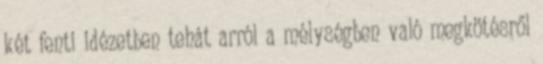
két fenti idézetben tehát arról a mélységben való megkötésről